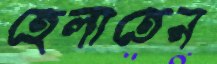
হেলাতেন